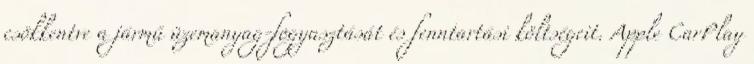
csökkentve a jármű üzemanyag-fogyasztását és fenntartási költségeit. Apple CarPlay